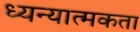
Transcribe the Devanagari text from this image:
ध्यन्यात्मकता